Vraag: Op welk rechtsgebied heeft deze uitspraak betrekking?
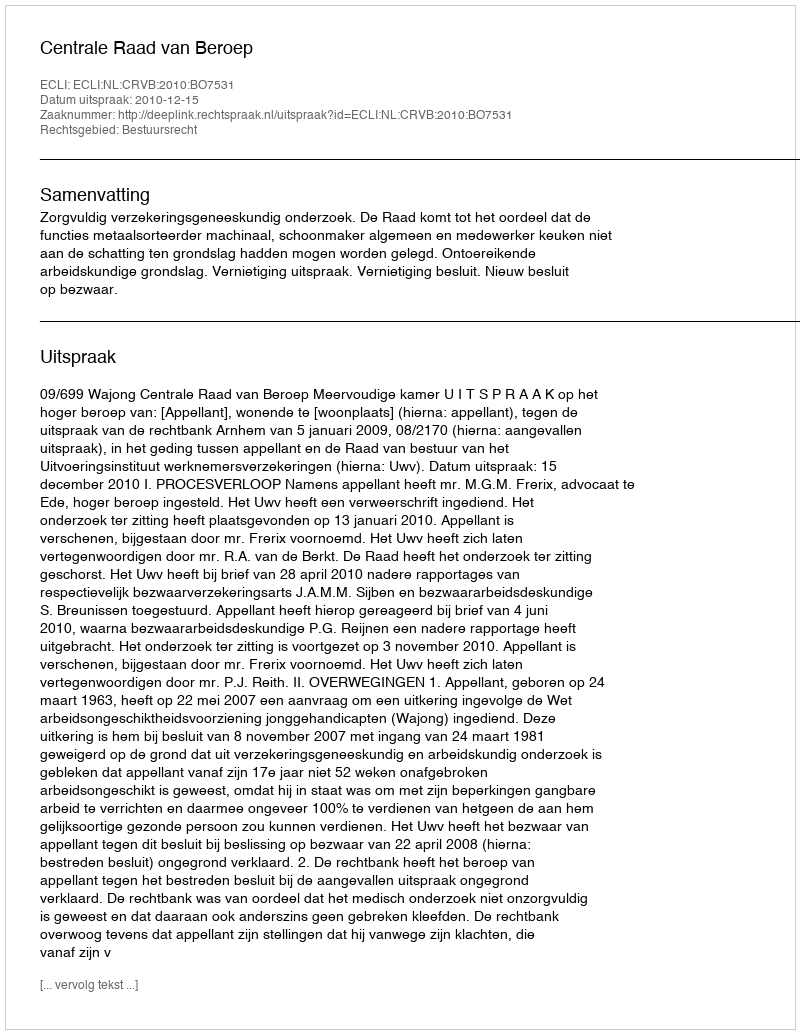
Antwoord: Bestuursrecht